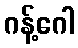
ဂန့်ဂေါ